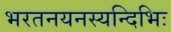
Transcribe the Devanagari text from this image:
भरतनयनस्यन्दिभिः